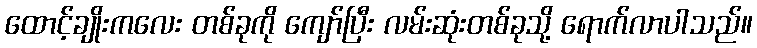
ထောင့်ချိုးကလေး တစ်ခုကို ကျော်ပြီး လမ်းဆုံးတစ်ခုသို့ ရောက်လာပါသည်။